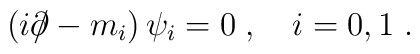
(i \partial \!\!\!/ - m_i) \, \psi_i = 0 \; , \quad i = 0, 1 \; .